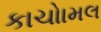
કાચોામલ